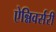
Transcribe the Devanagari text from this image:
ऐन्निवर्सरी